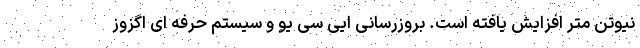
نیوتن متر افزایش یافته است. بروزرسانی ایی سی یو و سیستم حرفه ای اگزوز